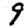
Digit: 9